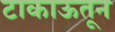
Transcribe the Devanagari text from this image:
टाकाऊतून